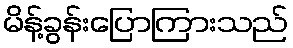
မိန့်ခွန်းပြောကြားသည်